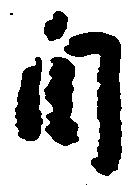
自